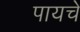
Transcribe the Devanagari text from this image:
पायचे